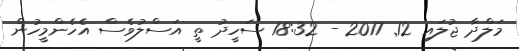
މަލްދާ ޖުލައި 12